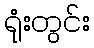
ရုံးတွင်း